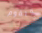
ويقوم